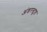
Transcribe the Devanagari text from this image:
अंडरस्टुड